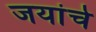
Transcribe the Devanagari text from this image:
जयांचे